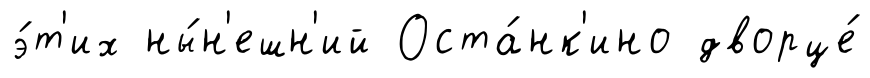
э́т'их ны́н'ешн'ий Оста́нк'ино дворце́